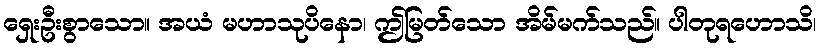
ရှေးဦးစွာသော။ အယံ မဟာသုပိနော၊ ဤမြတ်သော အိမ်မက်သည်။ ပါတုရဟောသိ၊